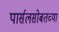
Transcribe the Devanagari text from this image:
पार्सलसोबतच्या